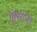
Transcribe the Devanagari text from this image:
लुसाना